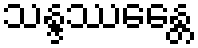
သန္ဒဿေန္တေ